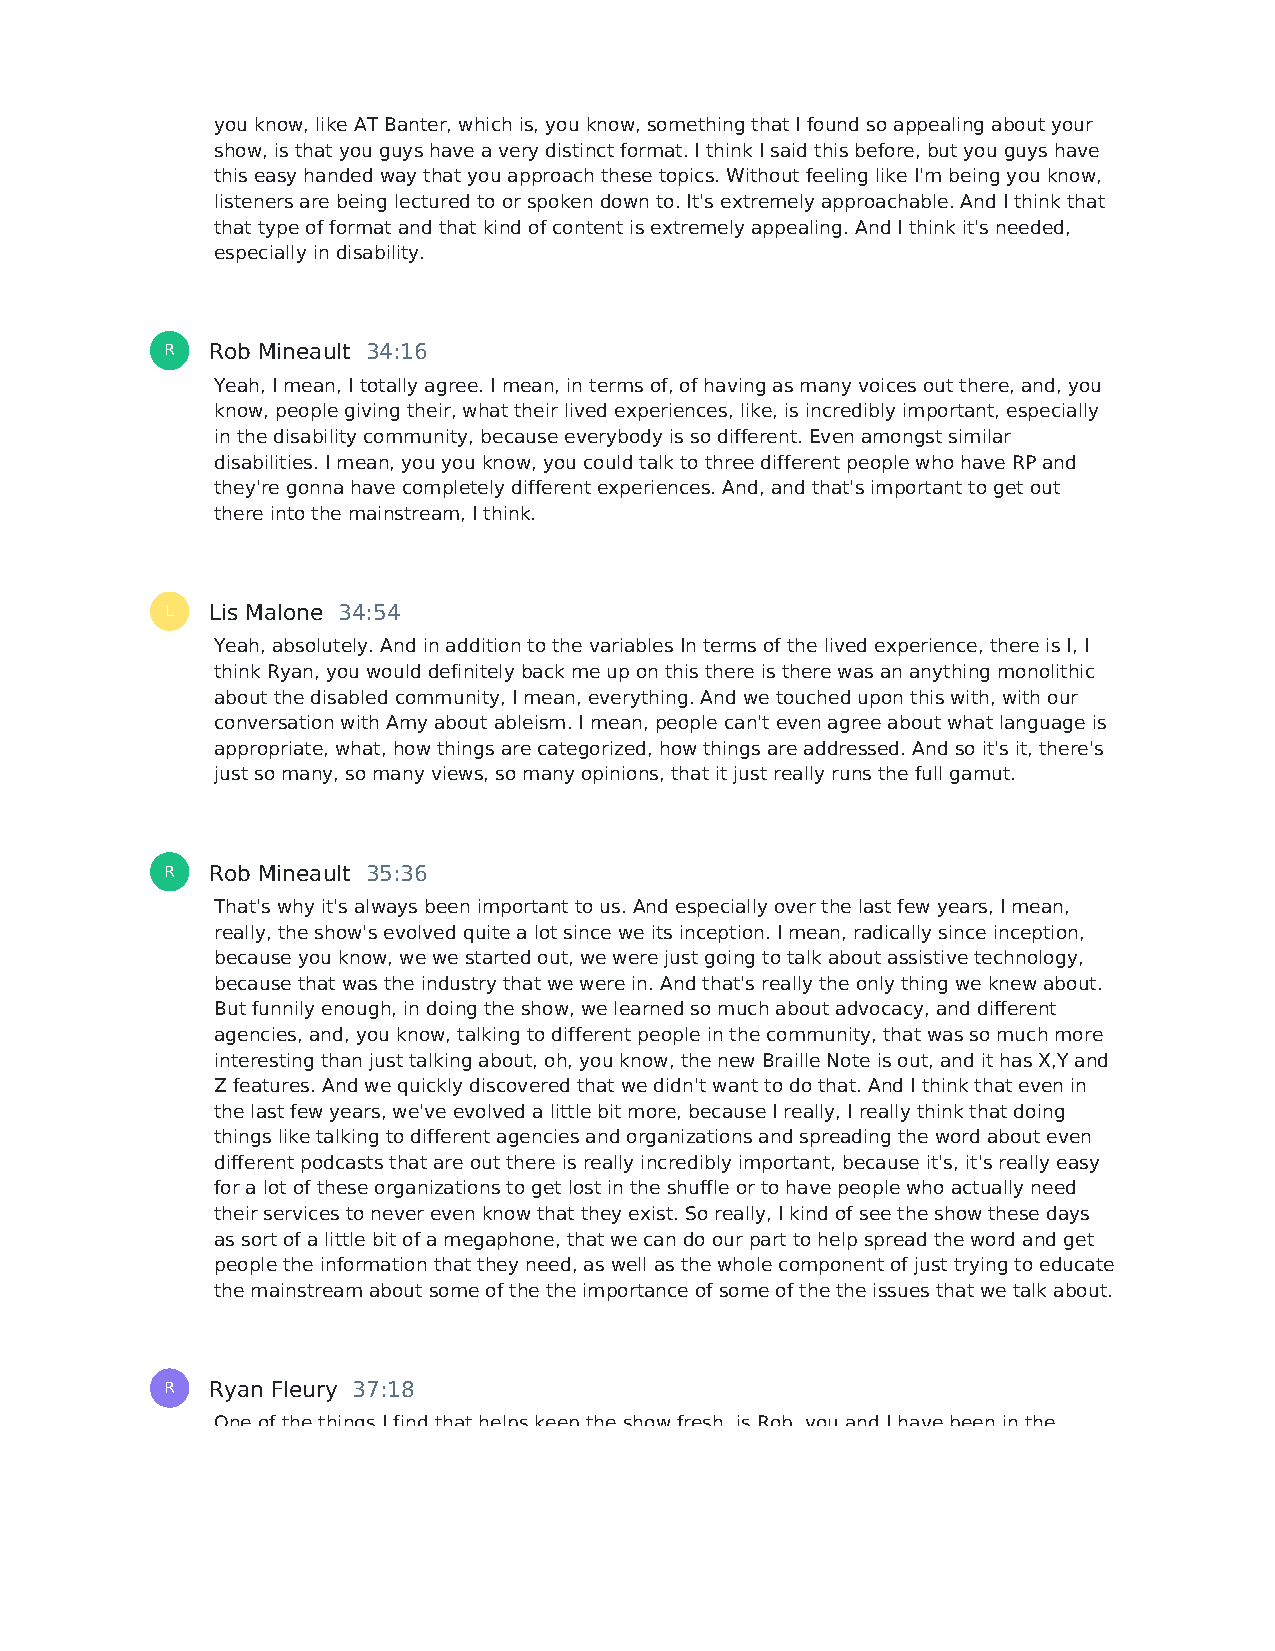
you know, like AT Banter, which is, you know, something that I found so appealing about your
 show, is that you guys have a very distinct format. I think I said this before, but you guys have
 this easy handed way that you approach these topics. Without feeling like I'm being you know,
 listeners are being lectured to or spoken down to. It's extremely approachable. And I think that
 that type of format and that kind of content is extremely appealing. And I think it's needed,
 especially in disability.
 R  Rob Mineault 34:16
 Yeah, I mean, I totally agree. I mean, in terms of, of having as many voices out there, and, you
 know, people giving their, what their lived experiences, like, is incredibly important, especially
 in the disability community, because everybody is so different. Even amongst similar
 disabilities. I mean, you you know, you could talk to three different people who have RP and
 they're gonna have completely different experiences. And, and that's important to get out
 there into the mainstream, I think.
 L  Lis Malone 34:54
 Yeah, absolutely. And in addition to the variables In terms of the lived experience, there is I, I
 think Ryan, you would definitely back me up on this there is there was an anything monolithic
 about the disabled community, I mean, everything. And we touched upon this with, with our
 conversation with Amy about ableism. I mean, people can't even agree about what language is
 appropriate, what, how things are categorized, how things are addressed. And so it's it, there's
 just so many, so many views, so many opinions, that it just really runs the full gamut.
 R  Rob Mineault 35:36
 That's why it's always been important to us. And especially over the last few years, I mean,
 really, the show's evolved quite a lot since we its inception. I mean, radically since inception,
 because you know, we we started out, we were just going to talk about assistive technology,
 because that was the industry that we were in. And that's really the only thing we knew about.
 But funnily enough, in doing the show, we learned so much about advocacy, and different
 agencies, and, you know, talking to different people in the community, that was so much more
 interesting than just talking about, oh, you know, the new Braille Note is out, and it has X,Y and
 Z features. And we quickly discovered that we didn't want to do that. And I think that even in
 the last few years, we've evolved a little bit more, because I really, I really think that doing
 things like talking to different agencies and organizations and spreading the word about even
 different podcasts that are out there is really incredibly important, because it's, it's really easy
 for a lot of these organizations to get lost in the shuffle or to have people who actually need
 their services to never even know that they exist. So really, I kind of see the show these days
 as sort of a little bit of a megaphone, that we can do our part to help spread the word and get
 people the information that they need, as well as the whole component of just trying to educate
 the mainstream about some of the the importance of some of the the issues that we talk about.
 R  Ryan Fleury 37:18
 One of the things I find that helps keep the show fresh, is Rob, you and I have been in the